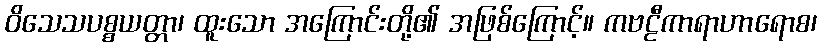
ဝိသေသပစ္စယတ္တာ၊ ထူးသော အကြောင်းတို့၏ အဖြစ်ကြောင့်။ ကဗဠီကာရာဟာရောစ၊